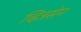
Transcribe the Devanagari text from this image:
च्हित्रसेन